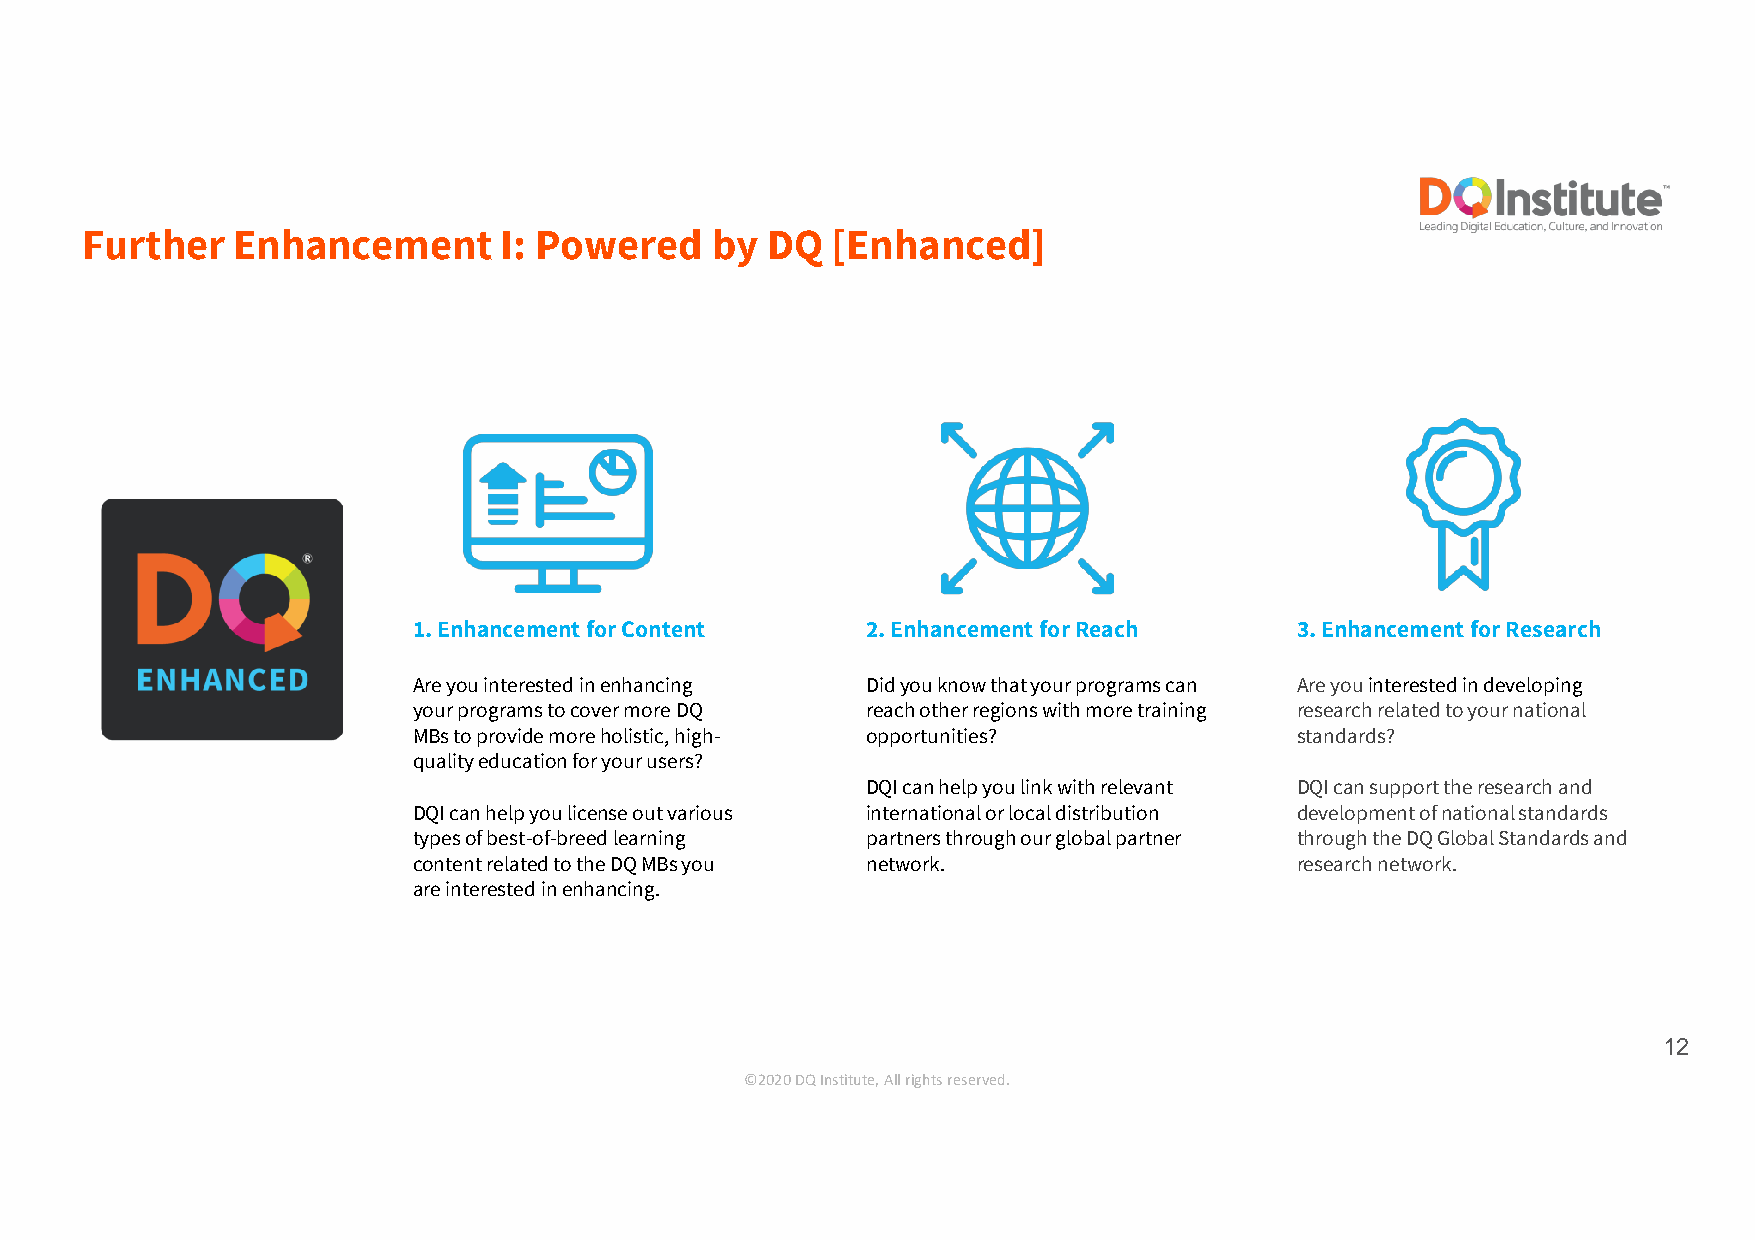
Further   Enhancement       I: Powered    by  DQ  [Enhanced]
 1. Enhancement for Content    2. Enhancement for Reach     3. Enhancement for Research
 Are you interested in enhancing Did you know that your programs can Are you interested in developing
 your programs to cover more DQ reach other regions with more training research related to your national
 MBs to provide more holistic, high- opportunities?         standards?
 quality education for your users?
 DQI can help you link with relevant DQI can support the research and
 DQI can help you license out various international or local distribution development of national standards
 types of best-of-breed learning partners through our global partner through the DQ Global Standards and
 content related to the DQ MBs you network.                 research network.
 are interested in enhancing.
 12
 ©2020 DQ Institute, All rights reserved.